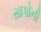
સાપોની